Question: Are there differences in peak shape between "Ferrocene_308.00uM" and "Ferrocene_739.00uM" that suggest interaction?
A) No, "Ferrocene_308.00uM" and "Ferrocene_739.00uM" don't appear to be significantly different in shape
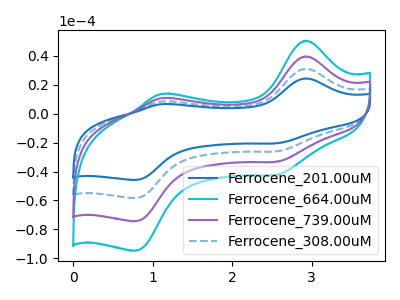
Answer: <think>The blue curve "Ferrocene_201.00uM" has anodic peaks at (2.95V, 119.00uA) (1.10V, 32.35uA) and cathodic peaks at (2.55V, -99.65uA) (0.80V, -223.20uA). The cyan curve "Ferrocene_664.00uM" has anodic peaks at (2.95V, 50.55uA) (1.10V, 13.75uA) and cathodic peaks at (2.55V, -42.35uA) (0.80V, -94.80uA). The purple curve "Ferrocene_739.00uM" has anodic peaks at (2.95V, 39.65uA) (1.10V, 10.80uA) and cathodic peaks at (2.55V, -33.20uA) (0.80V, -74.40uA). The blue dashed curve "Ferrocene_308.00uM" has anodic peaks at (2.95V, 79.30uA) (1.10V, 21.60uA) and cathodic peaks at (2.55V, -66.45uA) (0.80V, -148.80uA).
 All the peaks in "Ferrocene_308.00uM" have a peak in "Ferrocene_739.00uM" at the same potential. Every peak in "Ferrocene_308.00uM" is higher than every peak in "Ferrocene_739.00uM".</think>
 <answer>A) No, "Ferrocene_308.00uM" and "Ferrocene_739.00uM" don't appear to be significantly different in shape</answer>
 <eval>A</eval>